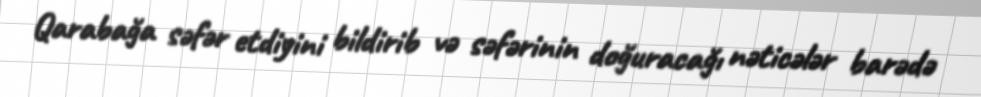
Qarabağa səfər etdiyini bildirib və səfərinin doğuracağı nəticələr barədə